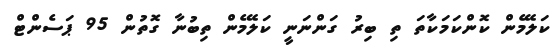
ކަލޭމެން ކޮންކަމަކާތަ ތި ބިރު ގަންނަނީ ކަލޭމެން ތިބުނާ ގޮތުން 95 ޕަސެންޓް